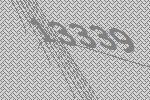
13339